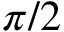
\pi / 2